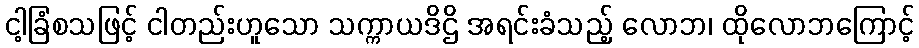
ငါ့ခြံစသဖြင့် ငါတည်းဟူသော သက္ကာယဒိဌိ အရင်းခံသည့် လောဘ၊ ထိုလောဘကြောင့်